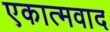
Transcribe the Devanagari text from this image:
एकात्मवाद